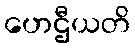
ဟေဌီယတိ